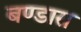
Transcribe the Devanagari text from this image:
बण्डारा